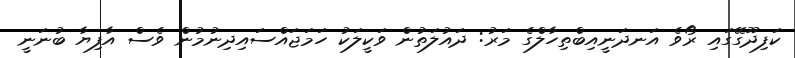
ކަފިދޫގޭގައި ރޯވެ އަނދަނީއިބްތިހާލްގެ މަރު: ދައުލަތުން ވަކީލަކު ހަމަޖައްސައިދިނުމުން ވެސް އާފިޔާ ބުނަނީ